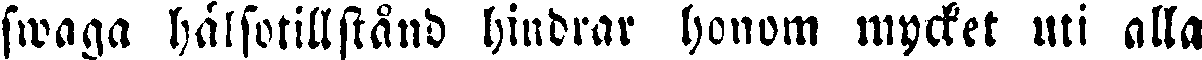
swaga hälsotillstånd hindrar honom mycket uti alla